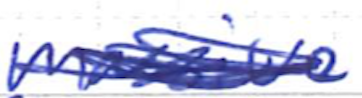
Text: massive
Cross-out: scratch
Writing tool: ballpoint